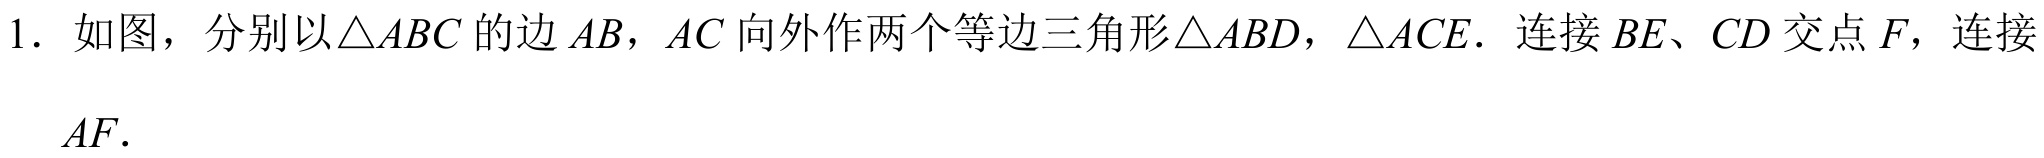
1. 如图，分别以\(\triangle ABC\)的边\(AB\)，\(AC\)向外作两个等边三角形\(\triangle ABD\)，\(\triangle ACE\)．连接\(BE\)、\(CD\)交点\(F\)，连接\(AF\)．